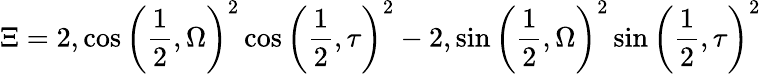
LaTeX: \Xi=2,\cos\left(\frac{1}{2},{\Omega}\right)^{2}\cos\left(\frac{1}{2},{\tau}\right)^{2}-2,\sin\left(\frac{1}{2},{\Omega}\right)^{2}\sin\left(\frac{1}{2},{\tau}\right)^{2}